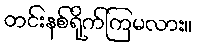
တင်းနစ်ရိုက်ကြမလား။